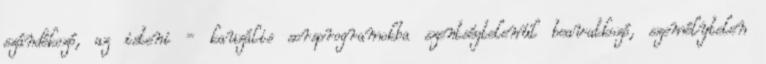
szándékozó, az isteni - kauzális sorsprogramokba szentségtelenül beavatkozó, személytelen